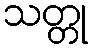
သတ္တု